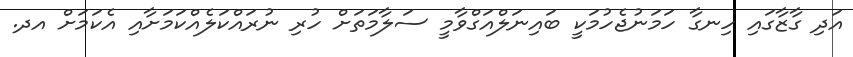
އަދި ގާޒާގައި ހިނގާ ހަމަނުޖެހުމަކީ ބައިނަލްއަގްވާމީ ސަލާމަތަށް ހުރި ނުރައްކަލެއްކަމަށާއި އެކަމަށް އދ.